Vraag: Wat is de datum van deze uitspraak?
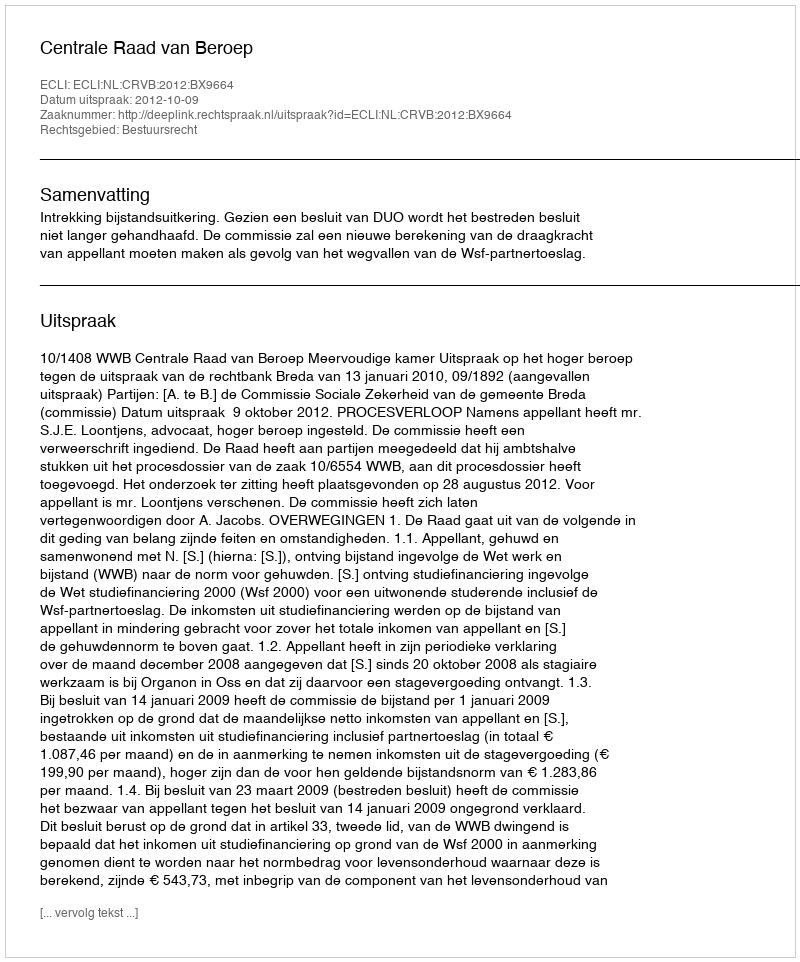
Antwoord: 2012-10-09